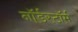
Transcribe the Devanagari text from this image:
नॉर्डस्टॉर्म